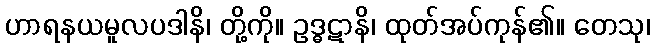
ဟာရနယမူလပဒါနိ၊ တို့ကို။ ဥဒ္ဓဋာနိ၊ ထုတ်အပ်ကုန်၏။ တေသု၊